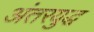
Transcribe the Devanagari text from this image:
अंतरयुद्ध